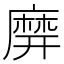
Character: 𪎙